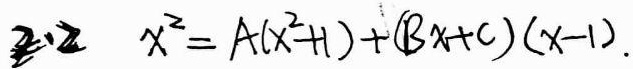
2.2  \(x^{2}=A(x^{2}+1)+(Bx + C)(x - 1)\)